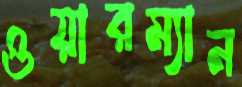
ওয়ারম্যান